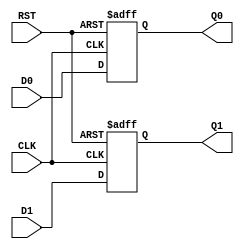

module DFF
  (output reg Q0,
   output reg [1:0] Q1,
   input wire D0,
   input wire [1:0] D1,
   input wire CLK,
   input wire RST
   /* */);

   always @(posedge CLK or posedge RST)
     if (RST) begin
	Q0 <= 0;
	Q1 <= 0;
     end else begin
	Q0 <= D0;
	Q1 <= D1;
     end

endmodule // dut

module main;

   wire       q0;
   wire [1:0] q1;
   reg	      d0, clk, rst;
   reg [1:0]  d1;

   DFF dut (.Q0(q0), .Q1(q1), .D0(d0), .D1(d1), .CLK(clk), .RST(rst));

   initial begin
      clk <= 1;
      d0 <= 0;
      d1 <= 2;

      #1 rst <= 1;
      #1 if (q0 !== 1'b0 || q1 !== 1'b0) begin
	 $display("FAILED -- RST=%b, Q0=%b, Q1=%b", rst, q0, q1);
	 $finish;
      end

      #1 rst <= 0;
      #1 if (q0 !== 1'b0 || q1 !== 1'b0) begin
	 $display("FAILED -- RST=%b, Q0=%b, Q1=%b", rst, q0, q1);
	 $finish;
      end

      #1 clk <= 0;
      #1 clk <= 1;
      #1 if (q0 !== d0 || q1 !== d1) begin
	 $display("FAILED -- Q0=%b Q1=%b, D0=%b D1=%b", q0, q1, d0, d1);
	 $finish;
      end

      $display("PASSED");
      $finish;
   end

endmodule // main